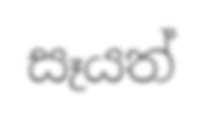
සෑයත්